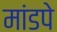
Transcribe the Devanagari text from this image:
मांडपे